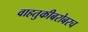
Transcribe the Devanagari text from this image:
वाहतुकीबरोबरच